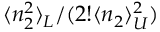
\langle n _ { 2 } ^ { 2 } \rangle _ { L } / ( 2 ! \langle n _ { 2 } \rangle _ { U } ^ { 2 } )